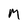
Character: m